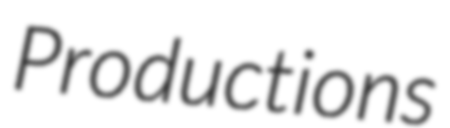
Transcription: Productions